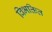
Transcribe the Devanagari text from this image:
विभक्तित